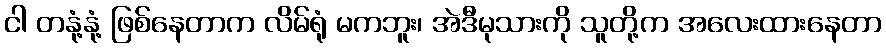
ငါ တနုံ့နုံ့ ဖြစ်နေတာက လိမ်ရုံ မကဘူး၊ အဲဒီမုသားကို သူတို့က အလေးထားနေတာ